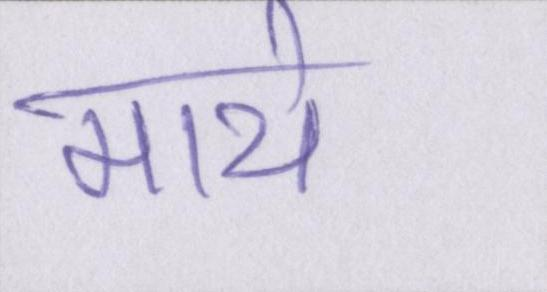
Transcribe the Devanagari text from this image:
माथे